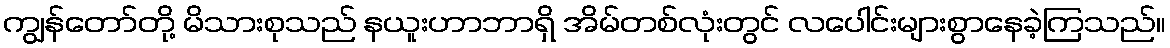
ကျွန်တော်တို့ မိသားစုသည် နယူးဟာဘာရှိ အိမ်တစ်လုံးတွင် လပေါင်းများစွာနေခဲ့ကြသည်။